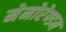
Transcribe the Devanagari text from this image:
मेमोरेण्डम